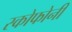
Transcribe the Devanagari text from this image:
स्कोफोनी